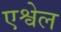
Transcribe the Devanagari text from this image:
एश्वेल